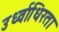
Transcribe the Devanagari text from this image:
उर्ध्वाधिरता